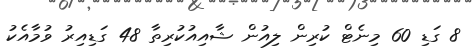
8 ގަޑި 60 މިނެޓް ކުރިން ލިއުން ޝާއިއުކުރިތާ 48 ގަޑިއިރު ވުމާއެކު